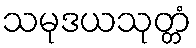
သမုဒယသုတ္တံ